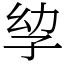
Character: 孧